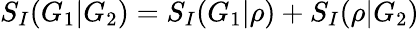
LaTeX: S_{I}(G_{1}|G_{2})=S_{I}(G_{1}|\rho)+S_{I}(\rho|G_{2})